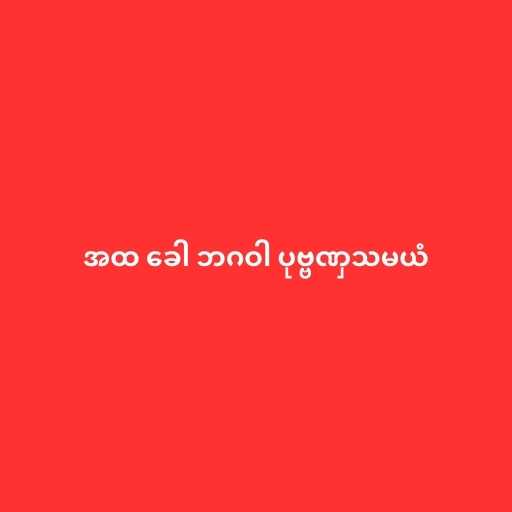
အထ ခေါ ဘဂဝါ ပုဗ္ဗဏှသမယံ